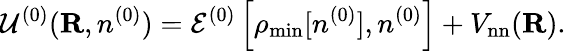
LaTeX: {\cal U}^{(0)}({\mathbf R},n^{(0)})={\cal E}^{(0)}\left[\rho_{\mathrm{min}}[n^{(0)}],n^{(0)}\right]+V_{\mathrm{nn}}({\mathbf R}).